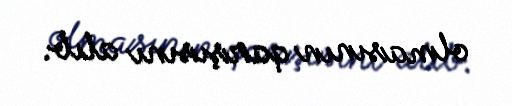
olmasının qarşısını alıb.